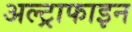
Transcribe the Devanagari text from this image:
अल्ट्राफाइन